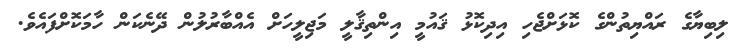
ލިބިޔާގެ ރައްޔިތުންގެ ކޮޅަށްޖެހި އިދިކޮޅު ޤައުމީ އިންތިޤާލީ މަޖިލީހަށް އެއްބާރުލުން ދޭނެކަން ހާމަކޮށްފައެވެ.